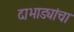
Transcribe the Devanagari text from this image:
दाभाड्यांचा